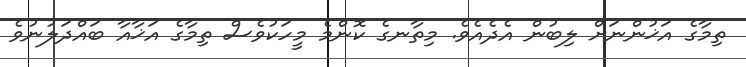
ތިމާގެ އަޚުންނަށް ލިބުން އެދެއެވެ. މިތާނގެ ކޮންމެ މީހަކުވެސް ތިމާގެ އަޚާއާ ބައްދަލުނުވެ